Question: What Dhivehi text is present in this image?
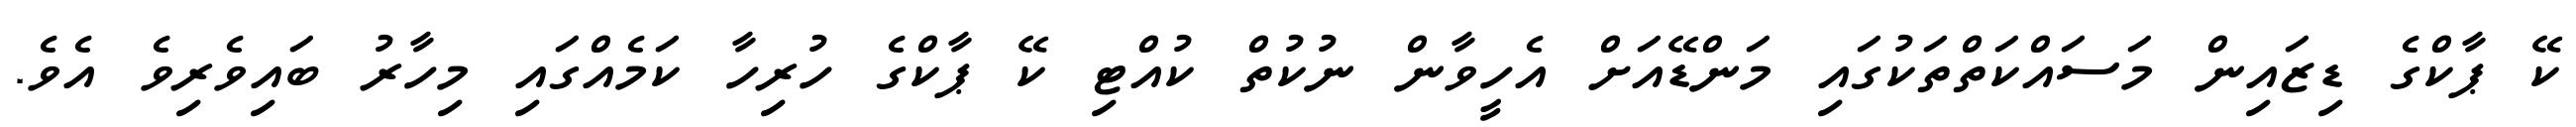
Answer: ކޭ ޕާކްގެ ޑިޒައިން މަސައްކަތްތަކުގައި މަންޑޭއަށް އެހީވާން ނުކުތް ކުއްޓި ކޭ ޕާކްގެ ހުރިހާ ކަމެއްގައި މިހާރު ބައިވެރިވެ އެވެ.